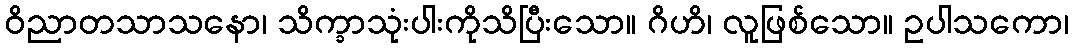
ဝိညာတသာသနော၊ သိက္ခာသုံးပါးကိုသိပြီးသော။ ဂိဟိ၊ လူဖြစ်သော။ ဥပါသကော၊